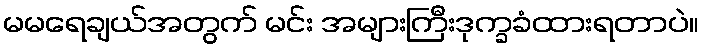
မမရေချယ်အတွက် မင်း အများကြီးဒုက္ခခံထားရတာပဲ။